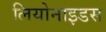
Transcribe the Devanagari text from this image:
लियोनाइडस